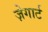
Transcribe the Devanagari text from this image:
ज़ेगार्ट